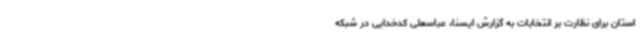
استان برای نظارت بر انتخابات به گزارش ایسنا، عباسعلی کدخدایی در شبکه